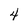
Character: 4